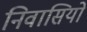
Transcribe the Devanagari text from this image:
निवासियों